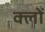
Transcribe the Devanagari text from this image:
क्लों